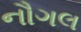
નૌગલ